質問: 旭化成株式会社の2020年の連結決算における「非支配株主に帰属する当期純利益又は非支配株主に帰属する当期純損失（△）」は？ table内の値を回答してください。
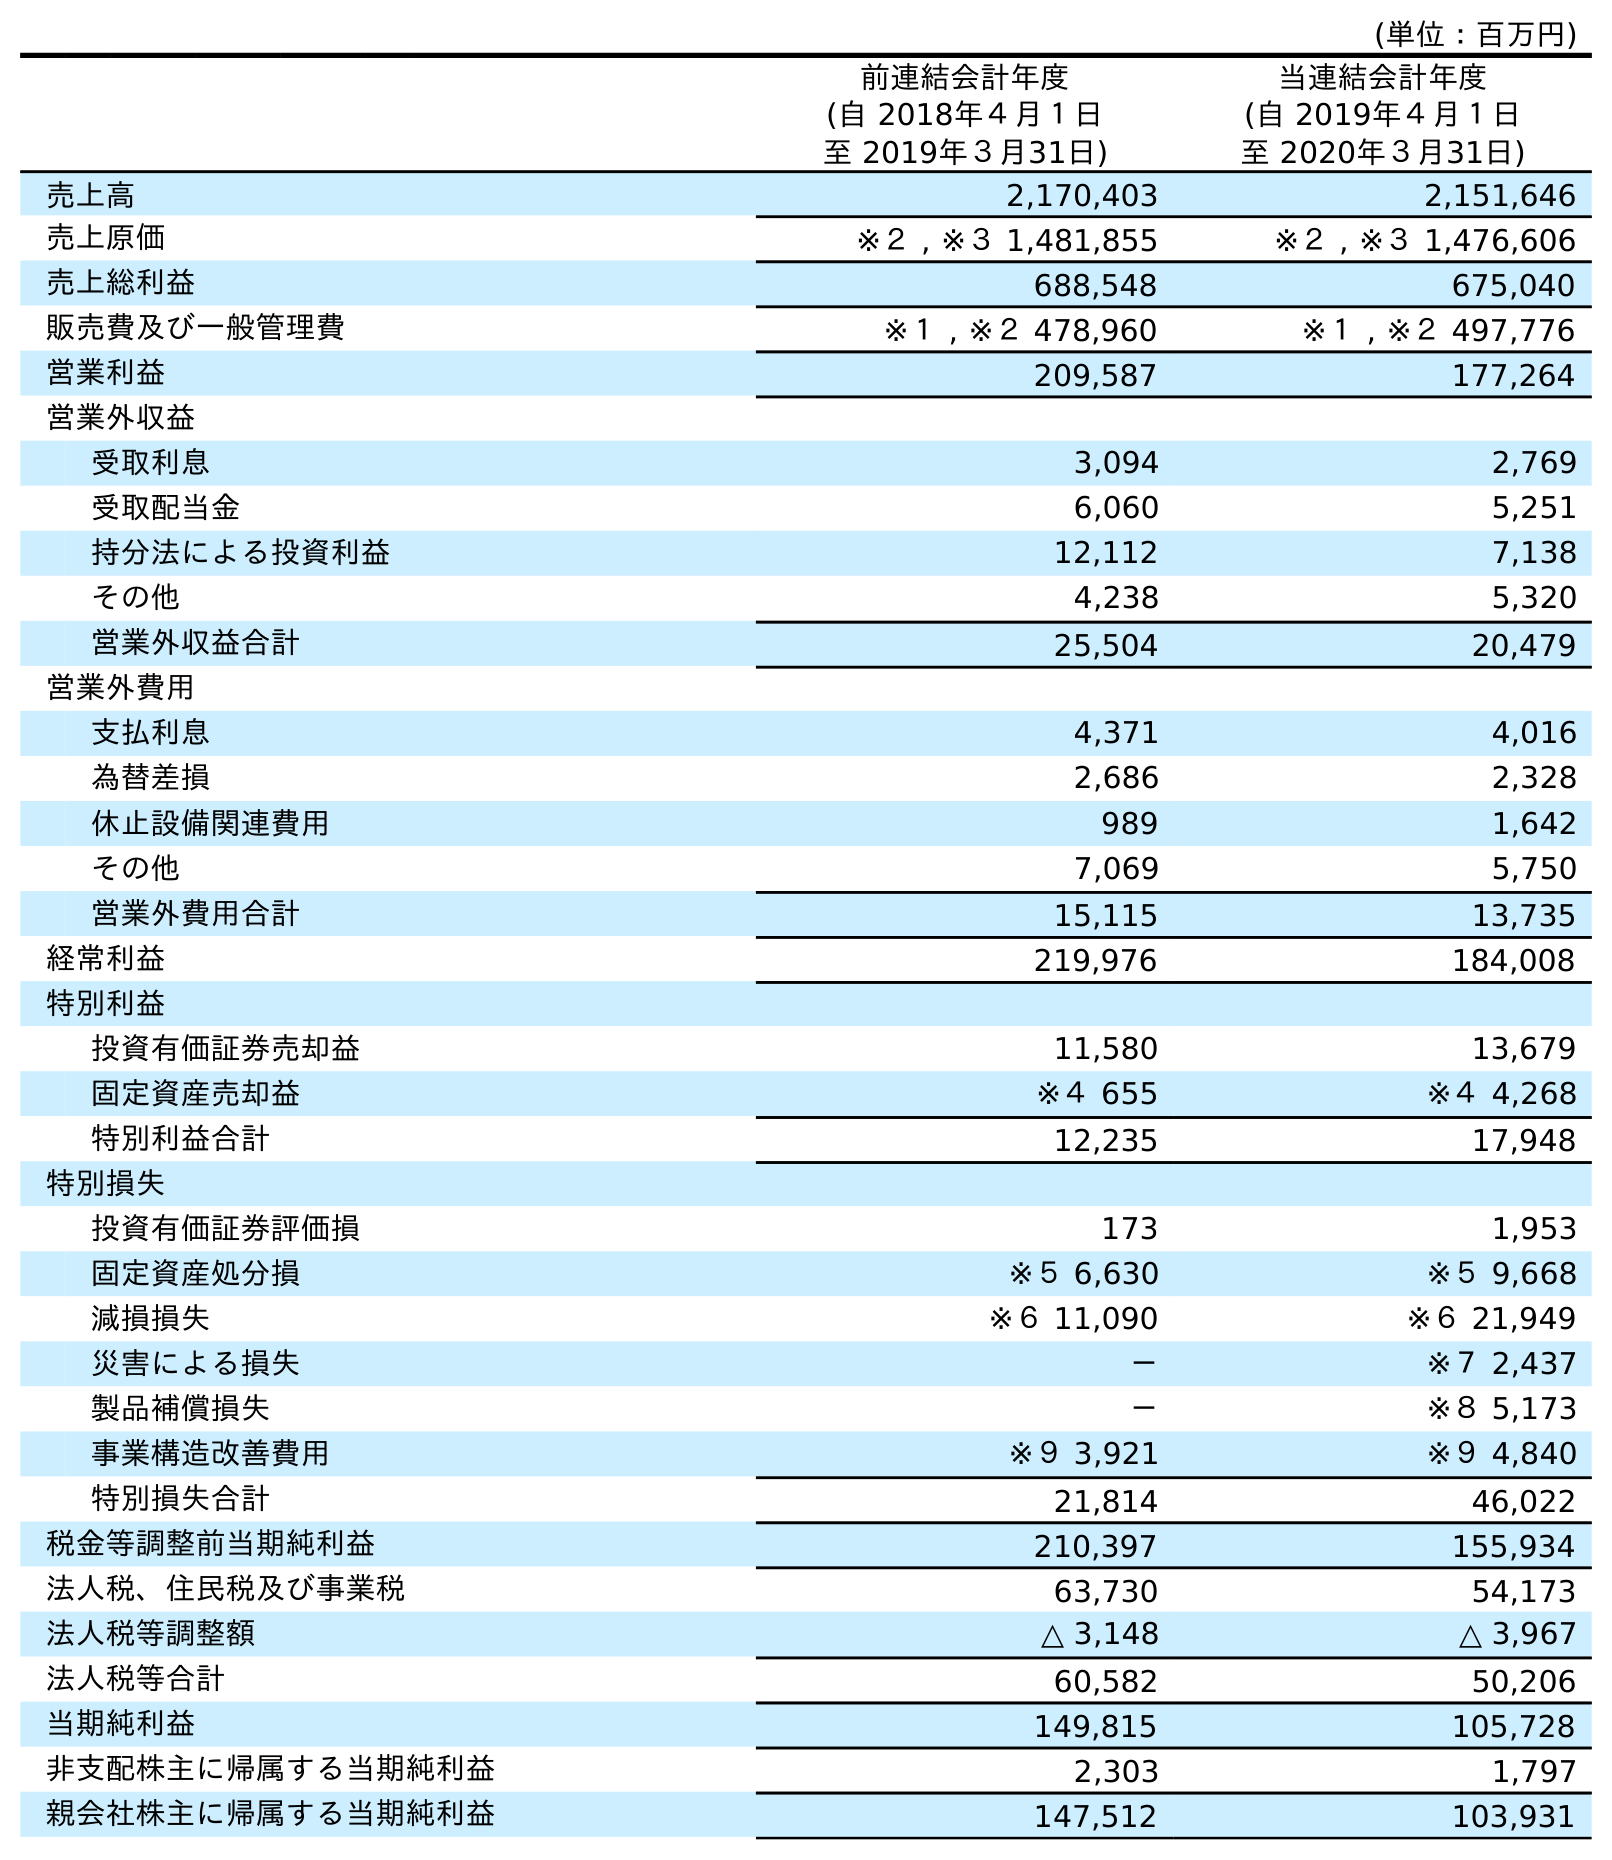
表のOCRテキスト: (単位：百万円) 前連結会計年度 (自 2018年４月１日 至 2019年３月31日) 当連結会計年度 (自 2019年４月１日 至 2020年３月31日) 売上高 2,170,403 2,151,646 売上原価 ※２ , ※３ 1,481,855 ※２ , ※３ 1,476,606 売上総利益 688,548 675,040 販売費及び一般管理費 ※１ , ※２ 478,960 ※１ , ※２ 497,776 営業利益 209,587 177,264 営業外収益 受取利息 3,094 2,769 受取配当金 6,060 5,251 持分法による投資利益 12,112 7,138 その他 4,238 5,320 営業外収益合計 25,504 20,479 営業外費用 支払利息 4,371 4,016 為替差損 2,686 2,328 休止設備関連費用 989 1,642 その他 7,069 5,750 営業外費用合計 15,115 13,735 経常利益 219,976 184,008 特別利益 投資有価証券売却益 11,580 13,679 固定資産売却益 ※４ 655 ※４ 4,268 特別利益合計 12,235 17,948 特別損失 投資有価証券評価損 173 1,953 固定資産処分損 ※５ 6,630 ※５ 9,668 減損損失 ※６ 11,090 ※６ 21,949 災害による損失 － ※７ 2,437 製品補償損失 － ※８ 5,173 事業構造改善費用 ※９ 3,921 ※９ 4,840 特別損失合計 21,814 46,022 税金等調整前当期純利益 210,397 155,934 法人税、住民税及び事業税 63,730 54,173 法人税等調整額 △ 3,148 △ 3,967 法人税等合計 60,582 50,206 当期純利益 149,815 105,728 非支配株主に帰属する当期純利益 2,303 1,797 親会社株主に帰属する当期純利益 147,512 103,931
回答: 1,797